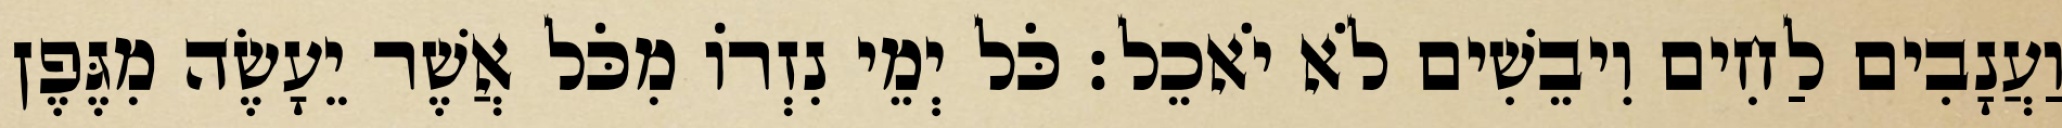
וַעֲנָבִים לַחִים וִיבֵשִׁים לֹא יֹאכֵל׃ כֹּל יְמֵי נִזְרוֹ מִכֹּל אֲשֶׁר יֵעָשֶׂה מִגֶּפֶן